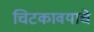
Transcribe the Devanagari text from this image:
चिटकावयाचे